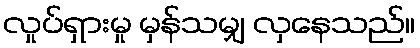
လှုပ်ရှားမှု မှန်သမျှ လှနေသည်။